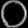
Digit: ၀